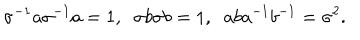
\sigma ^ { - 1 } a \sigma ^ { - 1 } a = 1 , \; \; \sigma b \sigma b = 1 , \; \; a b a ^ { - 1 } b ^ { - 1 } = \sigma ^ { 2 } .